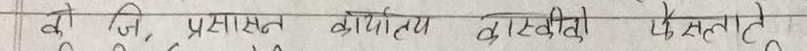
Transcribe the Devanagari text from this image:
यो जि. प्रशासन कार्यालय कास्कीले फैसलाले